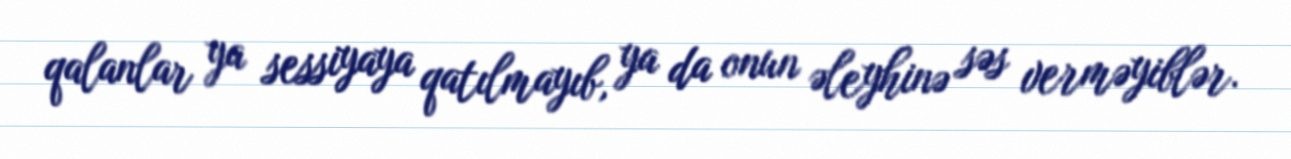
qalanlar ya sessiyaya qatılmayıb, ya da onun əleyhinə səs verməyiblər.